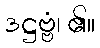
ဒဋ္ဌဗ္ဗံ၊ ၏။